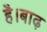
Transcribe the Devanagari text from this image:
है।बाढ़